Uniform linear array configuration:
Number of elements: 32
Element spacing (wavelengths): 0.5
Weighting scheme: hamming
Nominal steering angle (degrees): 0
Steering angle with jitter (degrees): -0.6062
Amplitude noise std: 0.05
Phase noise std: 0.05

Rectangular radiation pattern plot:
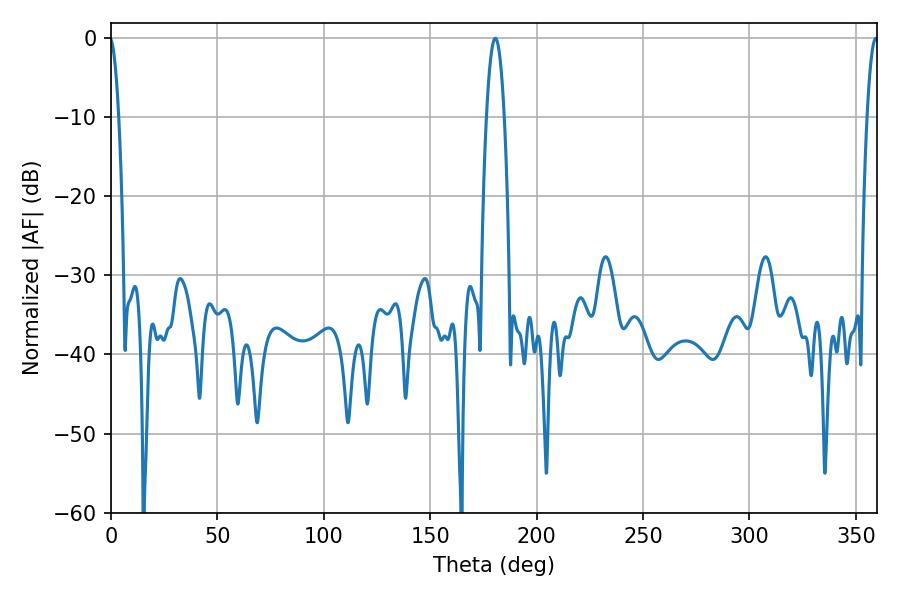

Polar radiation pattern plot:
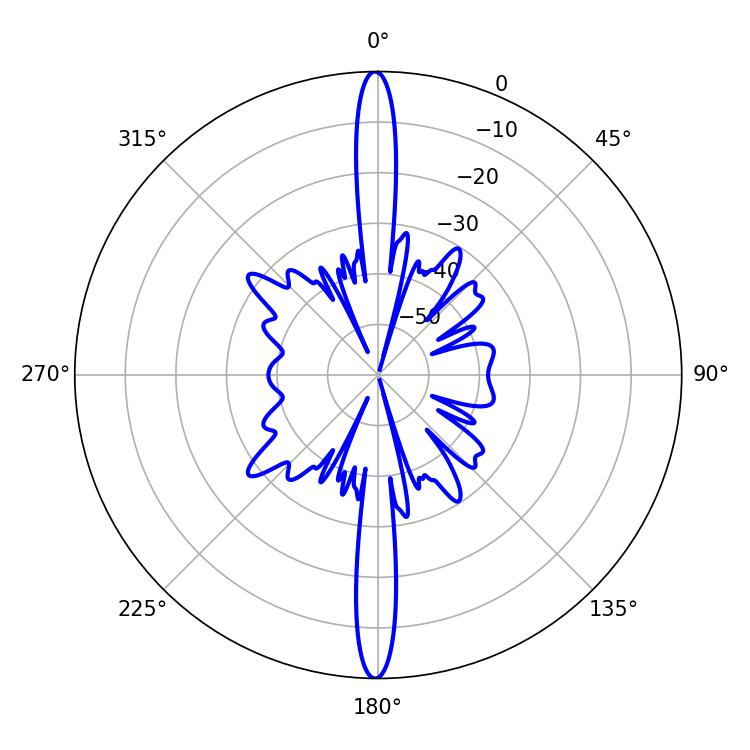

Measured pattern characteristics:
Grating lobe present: FALSE
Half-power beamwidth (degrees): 4.5
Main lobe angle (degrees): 180.54